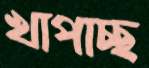
খাপাচ্ছ